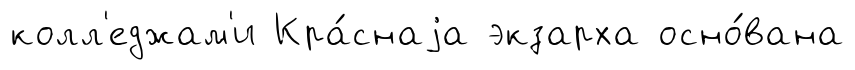
колл'еджам'и Кра́снаjа экзарха осно́вана